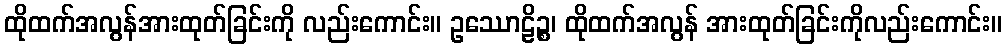
ထိုထက်အလွန်အားထုတ်ခြင်းကို လည်းကောင်း။ ဥဿောဠိဉ္စ၊ ထိုထက်အလွန် အားထုတ်ခြင်းကိုလည်းကောင်း။